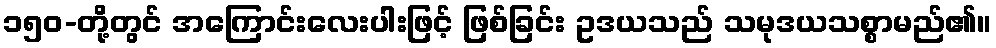
၁၅၀-တို့တွင် အကြောင်းလေးပါးဖြင့် ဖြစ်ခြင်း ဥဒယသည် သမုဒယသစ္စာမည်၏။